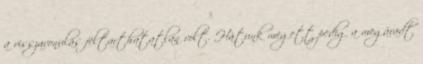
a visszavonulás feltarthatatlan volt. Hátunk megett pedig a megáradt